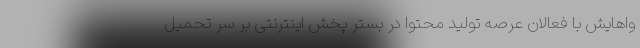
واهایش با فعالان عرصه تولید محتوا در بستر پخش اینترنتی بر سر تحمیل